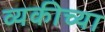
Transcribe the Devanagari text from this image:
व्यकीच्या